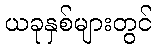
ယခုနှစ်များတွင်